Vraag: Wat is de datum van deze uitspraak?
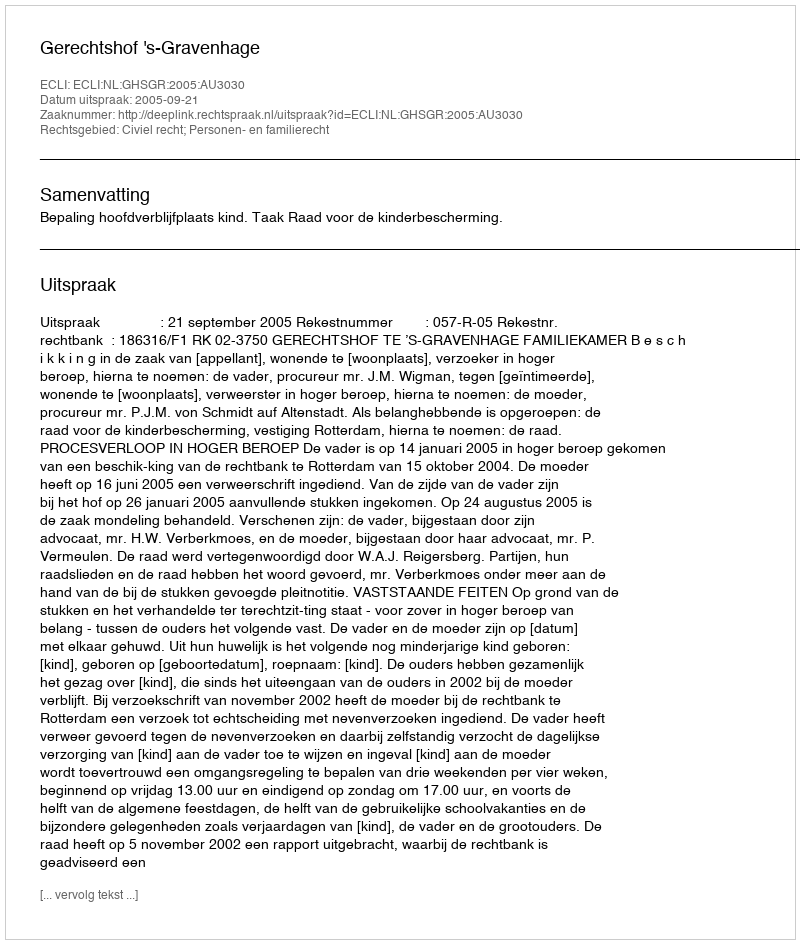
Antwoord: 2005-09-21